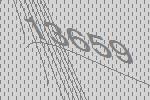
13659